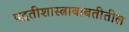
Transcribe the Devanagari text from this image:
पद्धतीशास्त्राबाबतीतील